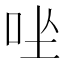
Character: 𪠶